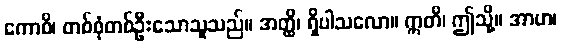
ကောစိ၊ တစ်စုံတစ်ဦးသောသူသည်။ အတ္ထိ၊ ရှိပါသလော။ ဣတိ၊ ဤသို့။ အာဟ၊